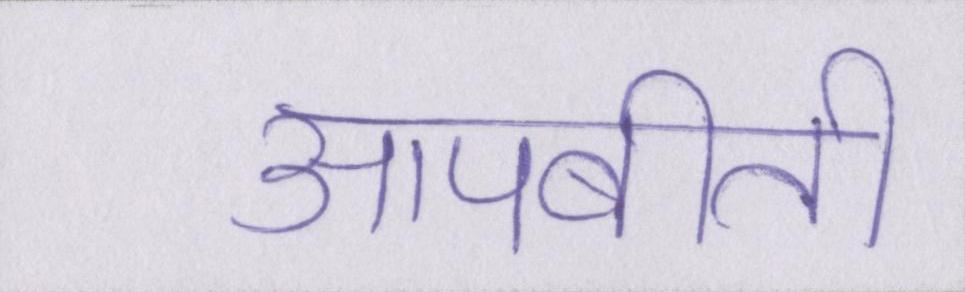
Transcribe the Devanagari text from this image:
आपबीती